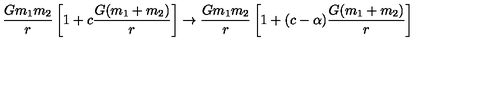
\frac { G m _ { 1 } m _ { 2 } } { r } \left[ 1 + c \frac { G ( m _ { 1 } + m _ { 2 } ) } { r } \right] \rightarrow \frac { G m _ { 1 } m _ { 2 } } { r } \left[ 1 + ( c - \alpha ) \frac { G ( m _ { 1 } + m _ { 2 } ) } { r } \right]